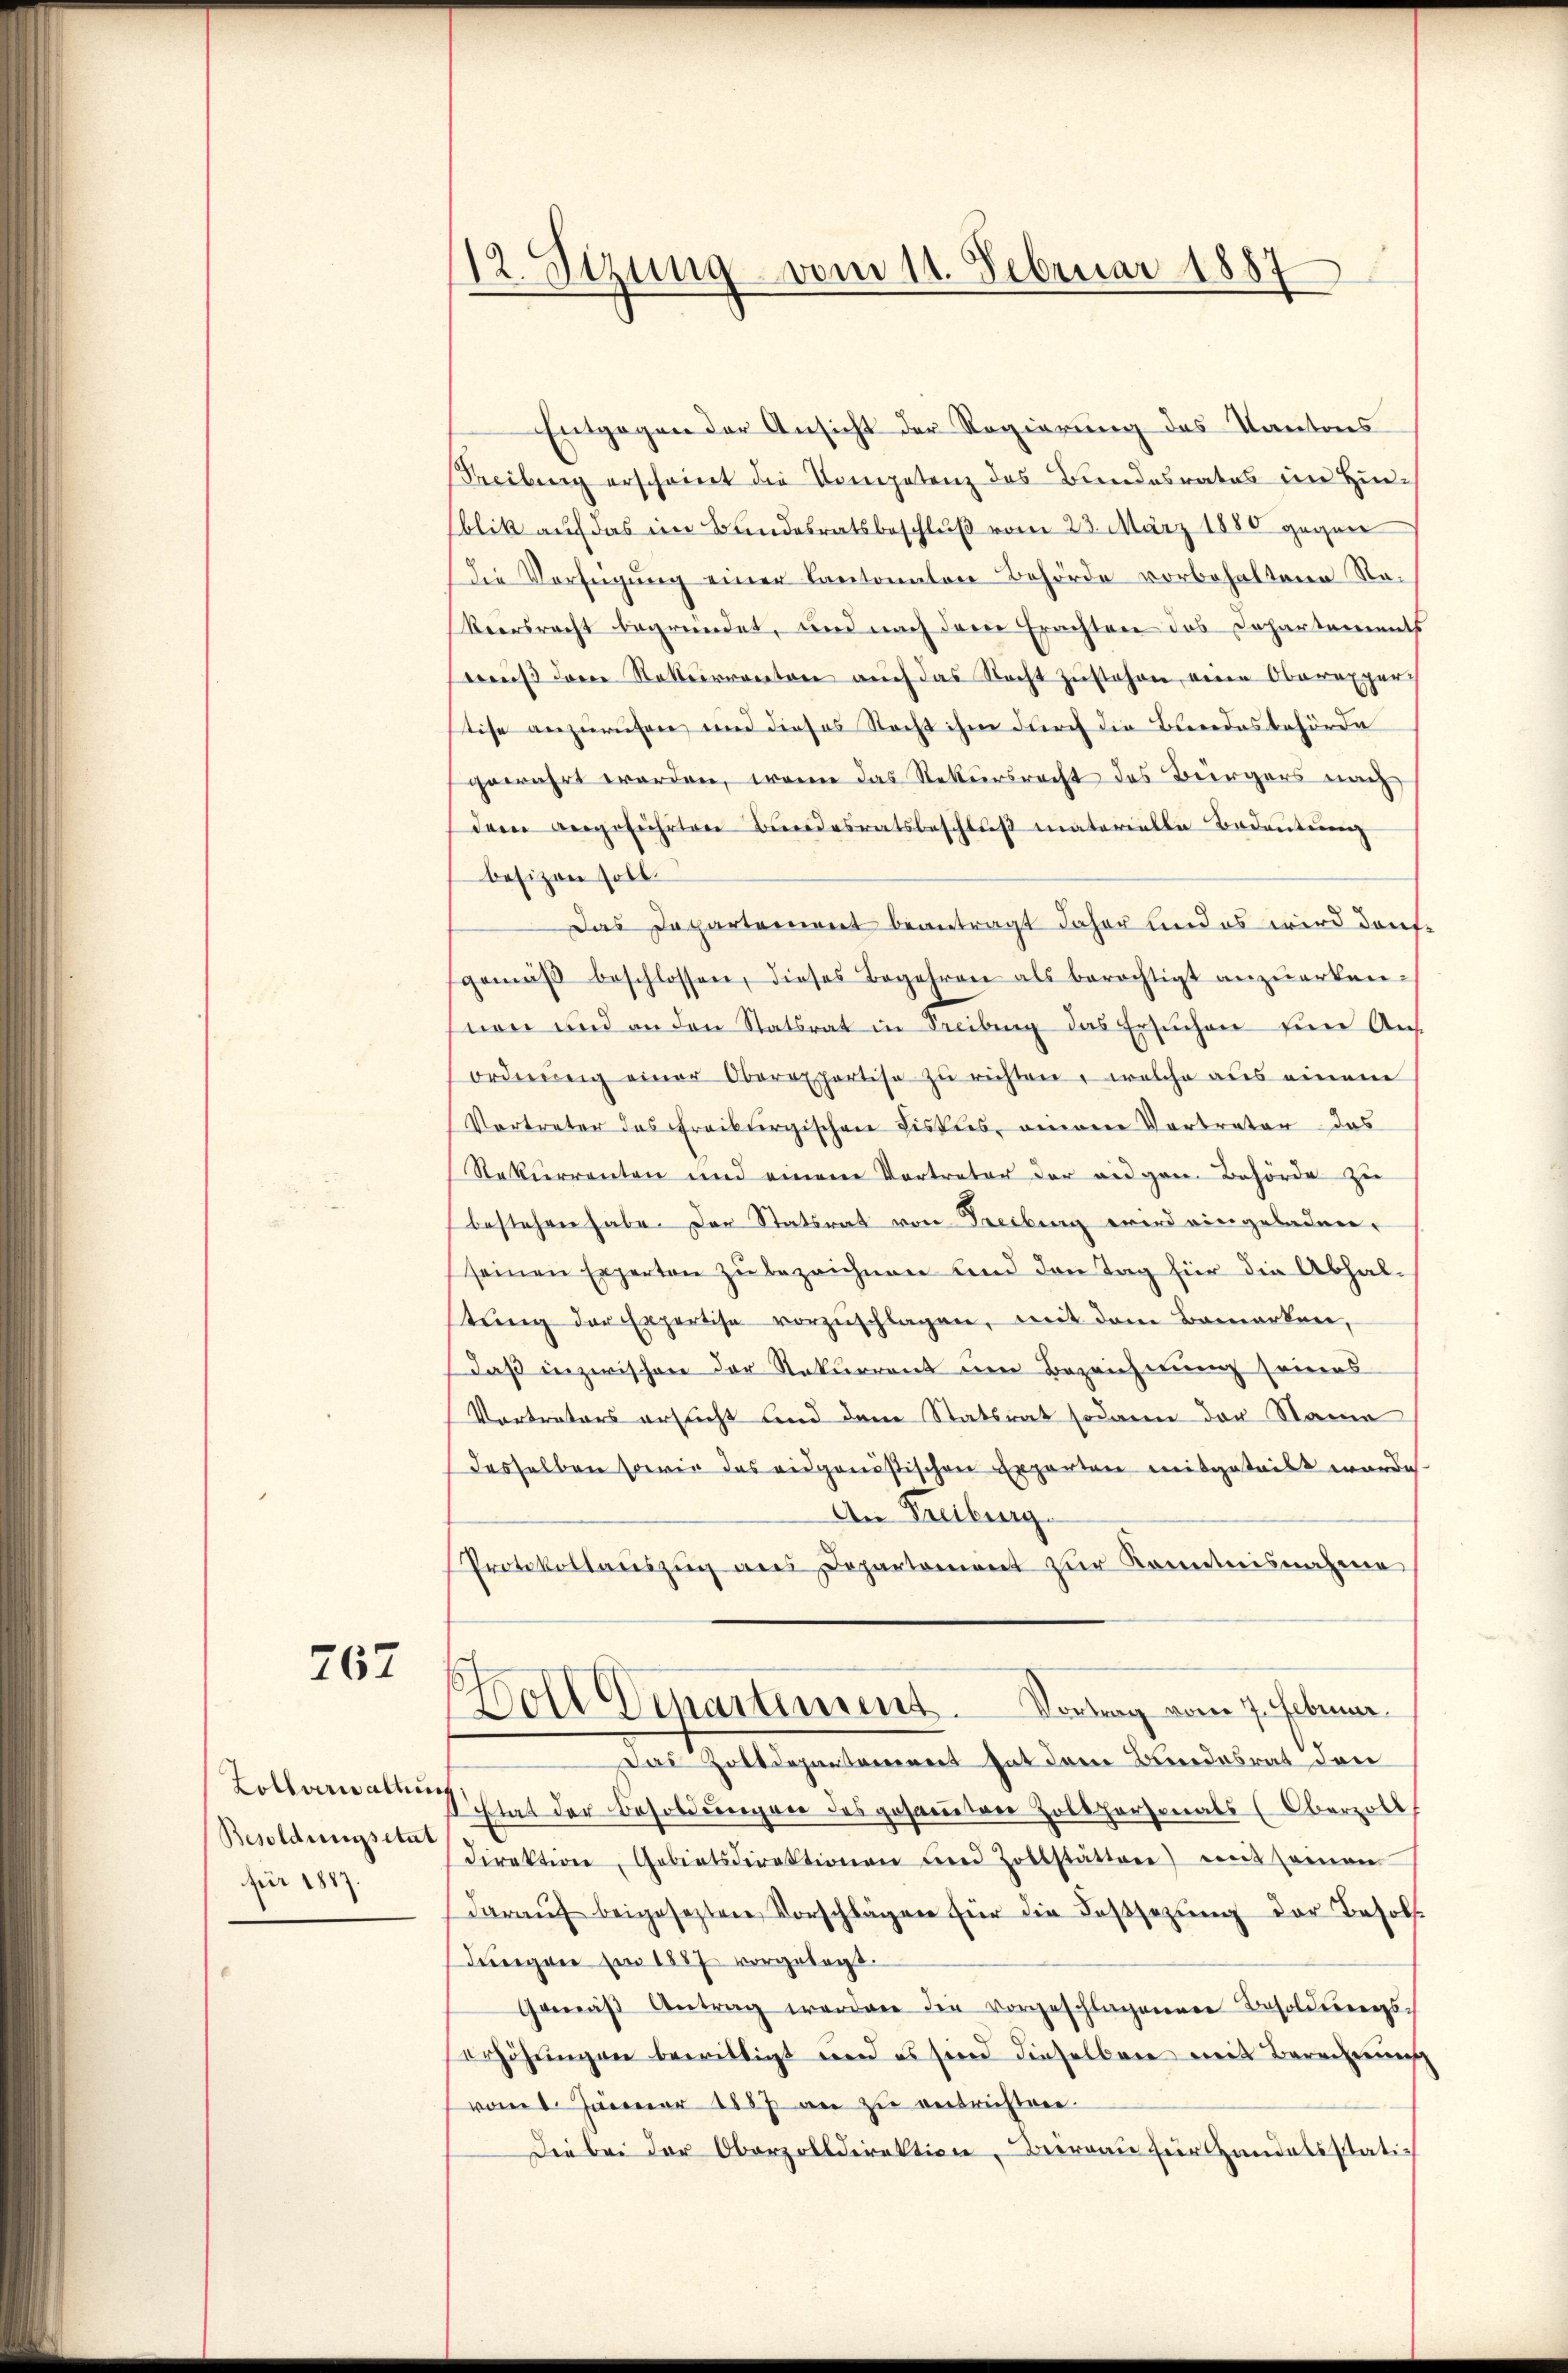
767

Zollverwaltung
Besoldungsetat
für 1887.

12. Stzung vom 11. Februar 1887
2

Entgegen der Ansicht der Regierung des Kantons
Freibung erscheint die Kompetenz des Bundesrates im Hinblik auf das im Bundesratsbeschluß vom 23. März 1880 gegen
ie Verfügung einer Cantonalen Behörde vorbehaltene Ra¬
Veersrecht begründet, und nach dem Erachten das Dahartements
wuß dem Rekurrenton auch das Nacht zustehen, eine Oberexper
tise anzurufen und dieses Recht ihm durch die Bundesbehörde
gewährt worden, wenn das Rekursrecht des Bürgers nach
dem angeführten Bundesratsbeschlŭβ materielle Bedeutung
besizen soll.
Das Departement beantragt daher und es wird danfgemäß beschlossen, dieses Begehren als berechtigt anzuerken-
nen und an den Statsrat in Freibung das Ersuchen für Auf-
ordnŭng einer Oberapportise zu richten, welche aus einem
Vortreter das Freiburgischen Fiskus, einen Vortreter das
Rekurrenten und einem Vortreter der angen Behörde zu
bestehen habe. Der Statsrat von Freibung wird eingeladen,
seinen Experten zu bezeichnen und den Tag für die Abhal-
tŭng der Expertise vorzŭschlagen, mit dem Bemerken,
daß inzwischen der Rekurrent im Bezeichnung seiners
Vertreters ersticht und dem Statsrat sodann der Name
desselben sowie das eidgenößischen Exporten mitgeteilt wurde
An Freiburg.
Protokollauszug aus Departement zur Kenntnisnahme
s
Doll Departement. Vortrag vom 7. Februar.
Das Zolldepartement hat dem Bundesrat den
Etat der Besoldŭngen des gesamten Zolthersonals (Oberzoll
Direktion, Gebietsdirektionen und Zollstätten) mit seinen
daraŭf beigeseztere Vorschlägen für die Festsetzŭng der Besol
dungen am 1887 vorgelegt.
Gemäβ Antrag worden die vorgeschlagenenen Besoldungs-
erhöhungen bewilligt wird es sind dieselben mit Berechnung
vom 1. Jänner 1887 an zu entrichten.
Die bei der Oberzolldirektion, Bureau für Handelsstati¬